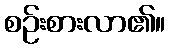
စဉ်းစားလာ၏။